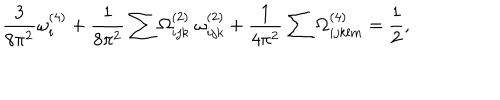
\frac { 3 } { 8 \pi ^ { 2 } } \omega _ { i } ^ { ( 4 ) } + \frac { 1 } { 8 \pi ^ { 2 } } \sum \Omega _ { i j k } ^ { ( 2 ) } ~ \omega _ { i j k } ^ { ( 2 ) } + \frac { 1 } { 4 \pi ^ { 2 } } \sum \Omega _ { i j k l m } ^ { ( 4 ) } = \frac { 1 } { 2 } ,